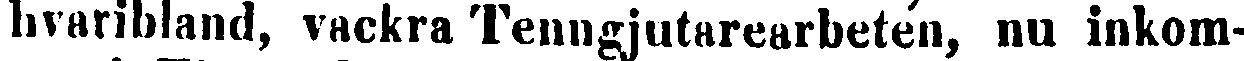
hvaribland, vackra Tenngjutarearbeten, nu inkom-